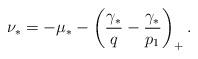
LaTeX: \begin{align*}\nu_*=‐\mu_*‐\left(\frac{\gamma_*}{q} ‐ \frac{\gamma_*}{p_1}\right)_+.\end{align*}